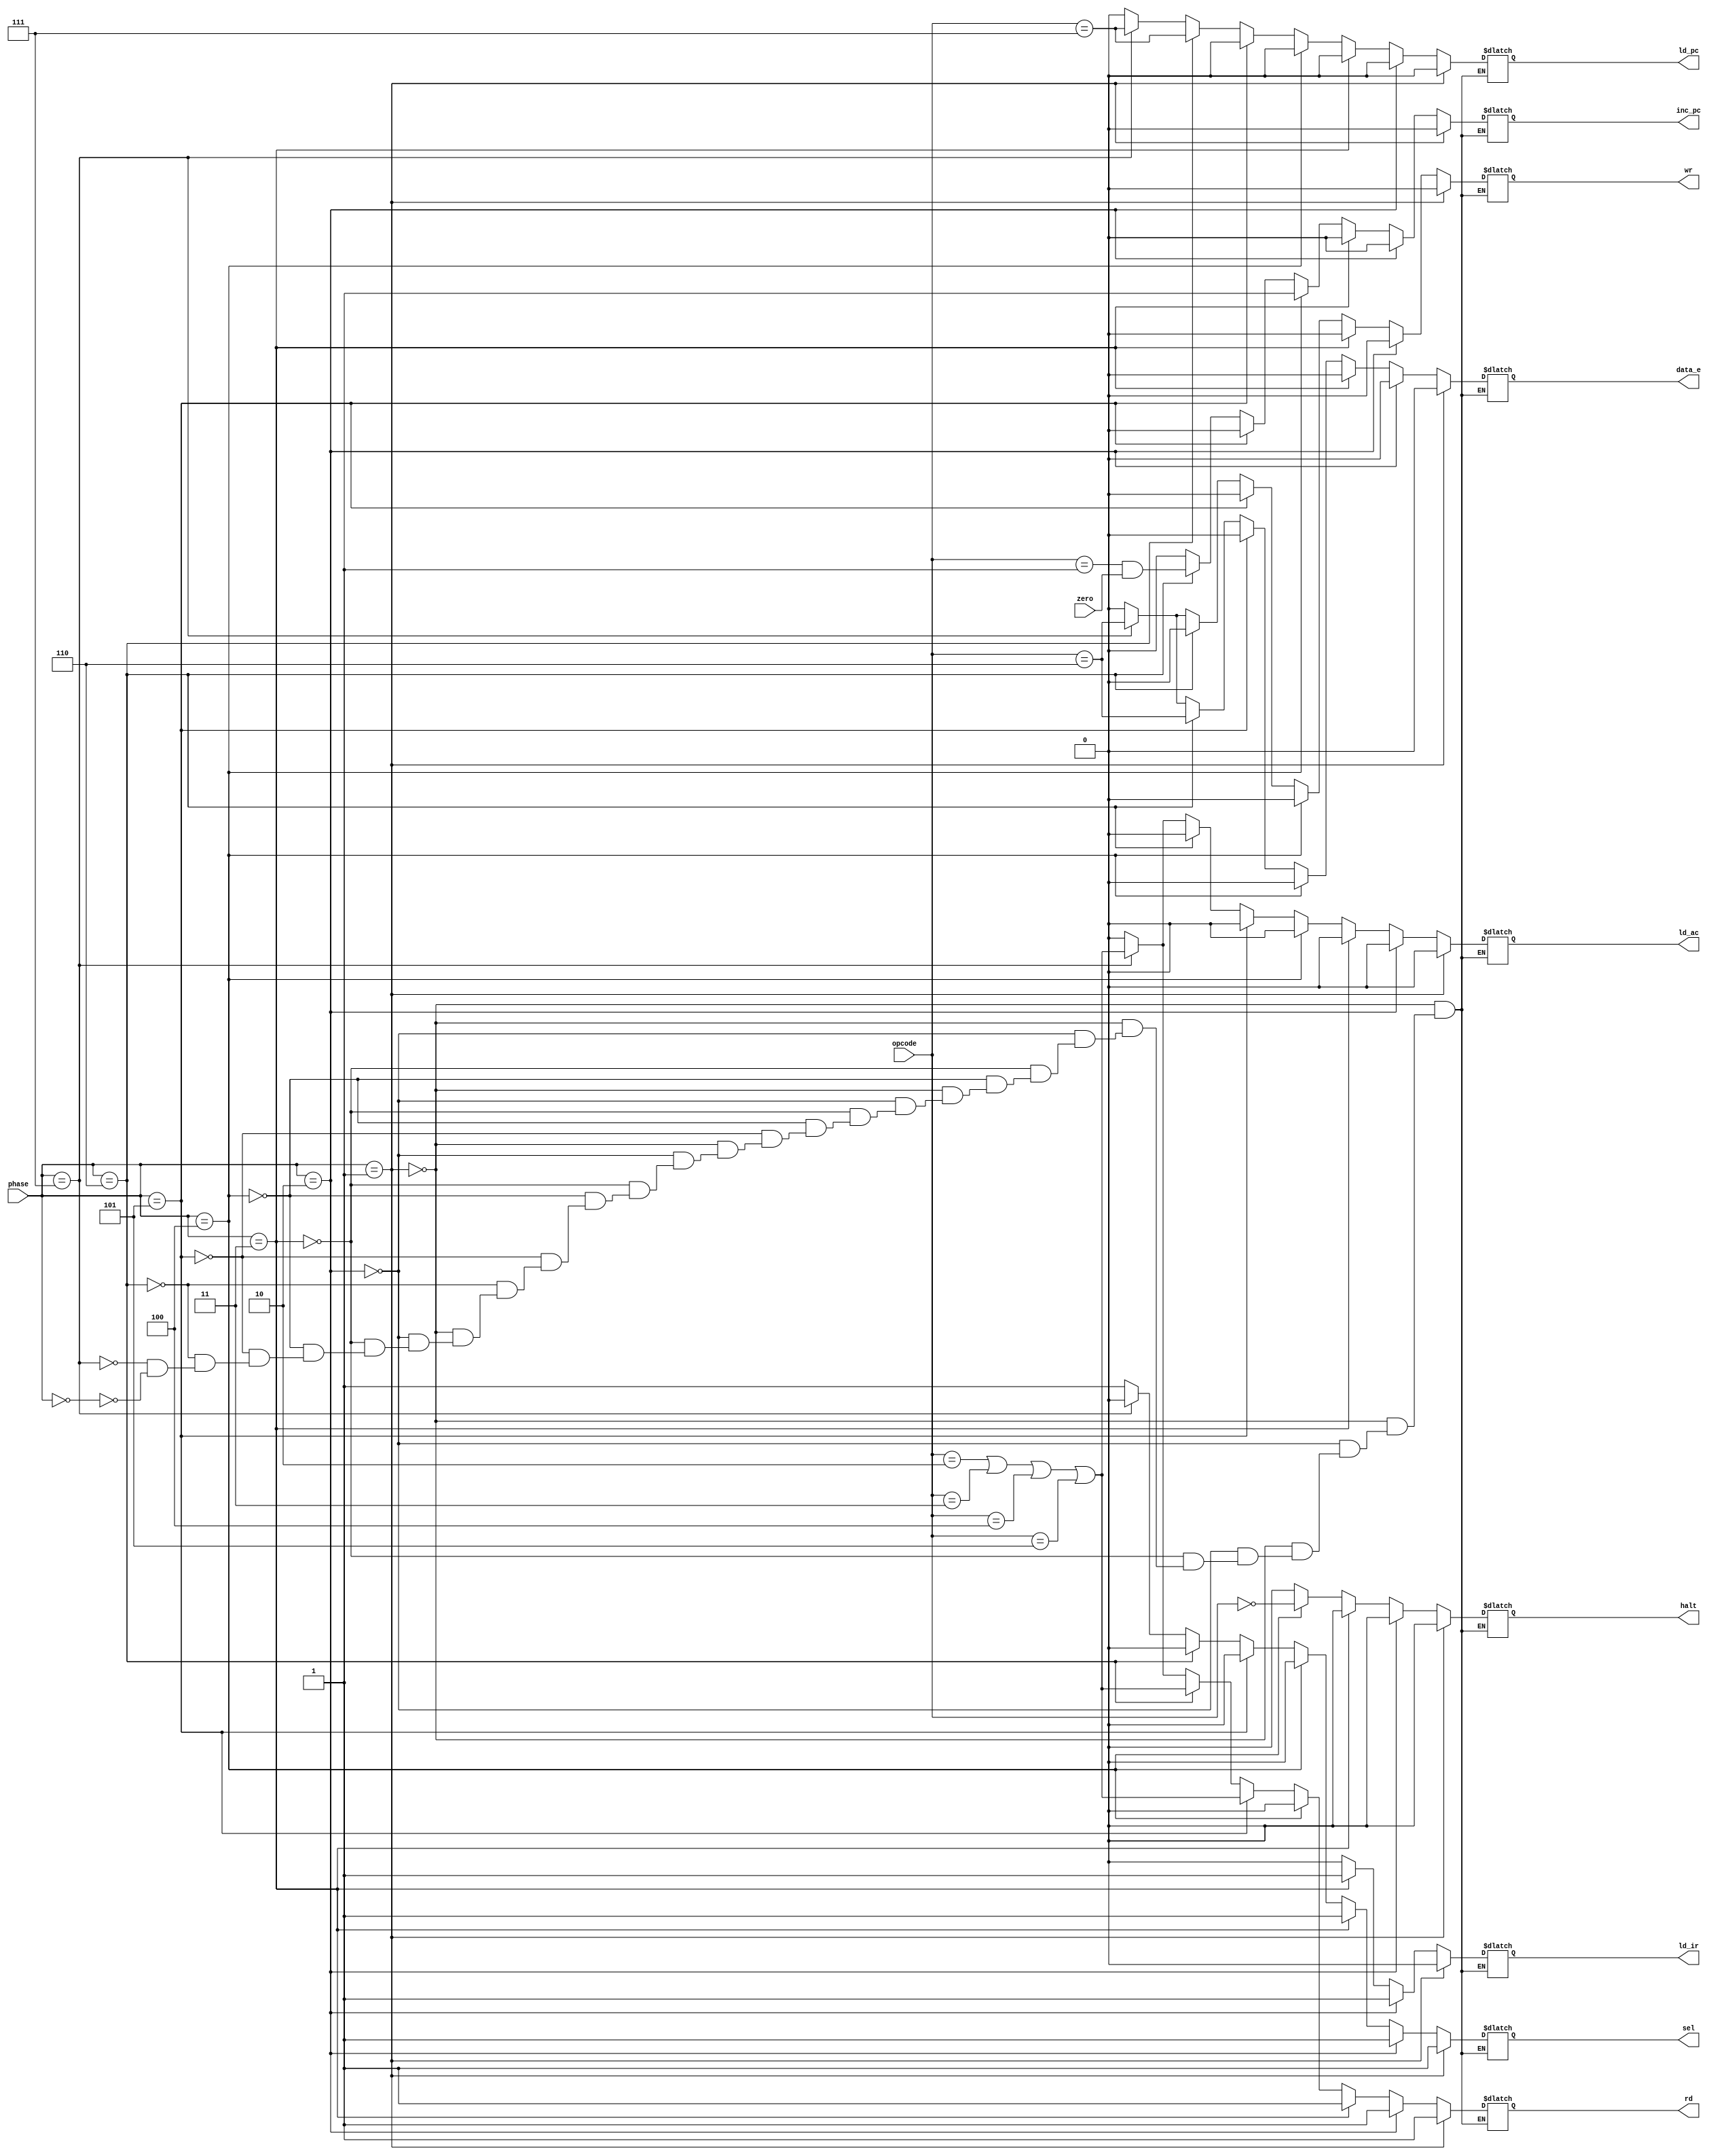
module controller(input zero,input [2:0] opcode,phase,output reg sel,rd,ld_ir,halt,inc_pc,ld_ac,wr,ld_pc,data_e); 
reg H,A,Z,J,S;
 localparam integer HLT=0, SKZ=1, ADD=2, AND=3, XOR=4, LDA=5, STO=6, JMP=7;
always@(*) begin
   
if(phase==0) begin
    sel=1;
    rd=0;
    ld_ir=0;
    halt=0;
    inc_pc=0;
    ld_ac=0;
    wr=0;
    ld_pc=0;
    data_e=0;
   // counter<=counter+1;
end
if(phase==1) begin
    sel=1;
    rd=1;
    ld_ir=0;
    halt=0;
    inc_pc=0;
    ld_ac=0;
    wr=0;
    ld_pc=0;
    data_e=0;
  //  counter<=counter+1;
end
else if(phase==2) begin
    sel=1;
    rd=1;
    ld_ir=1;
    halt=0;
    inc_pc=0;
    ld_ac=0;
    wr=0;
    ld_pc=0;
    data_e=0;
   //  counter<=counter+1;
end
else if(phase==3) begin
    sel=1;
    rd=1;
    ld_ir=1;
    halt=0;
    inc_pc=0;
    ld_ac=0;
    wr=0;
    ld_pc=0;
    data_e=0;
  //   counter<=counter+1;
end
else if(phase==4) begin
    sel=0;
    rd=0;
    ld_ir=0;
    halt=H;
    inc_pc=1;
    ld_ac=0;
    wr=0;
    ld_pc=0;
    data_e=0;
 //    counter<=counter+1;
end
else if(phase==5) begin
    sel=0;
    rd=A;
    ld_ir=0;
    halt=0;
    inc_pc=0;
    ld_ac=0;
    wr=0;
    ld_pc=0;
    data_e=0;
   //  counter<=counter+1;
end
else if(phase==6) begin
    sel=0;
    rd=A;
    ld_ir=0;
    halt=0;
    inc_pc=Z;
    ld_ac=0;
    ld_pc=J;
    wr=0;
    data_e=S;
  //   counter<=counter+1;
end
else if(phase==7) begin
    sel=0;
    rd=A;
    ld_ir=0;
    halt=0;
    inc_pc=0;
    ld_ac=A;
    wr=S;
    ld_pc= J;
    data_e=S;
   //  counter<=counter+1;
end

end
always@(*) begin
     H = (opcode == HLT);
      A = (opcode == ADD || opcode == AND || opcode == XOR || opcode == LDA);
      Z = (opcode == SKZ && zero);
      J = (opcode == JMP);
      S = (opcode == STO);
end



endmodule